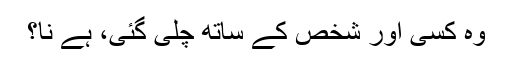
وہ کسی اور شخص کے ساتھ چلی گئی، ہے نا؟